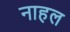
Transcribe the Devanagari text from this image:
नाहल